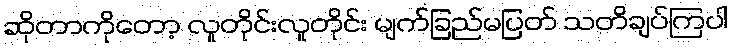
ဆိုတာကိုတော့ လူတိုင်းလူတိုင်း မျက်ခြည်မပြတ် သတိချပ်ကြပါ